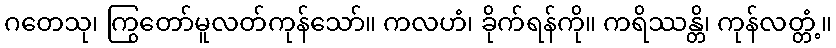
ဂတေသု၊ ကြွတော်မူလတ်ကုန်သော်။ ကလဟံ၊ ခိုက်ရန်ကို။ ကရိဿန္တိ၊ ကုန်လတ္တံ့။